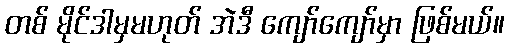
တစ် မိုင်ဒါမှမဟုတ် အဲဒီ ကျော်ကျော်မှာ ဖြစ်မယ်။